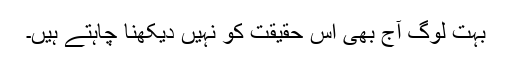
بہت لوگ آج بھی اس حقیقت کو نہیں دیکھنا چاہتے ہیں۔